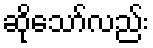
ဆိုသော်လည်း